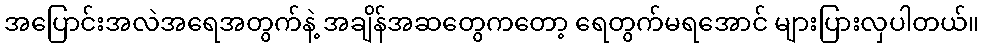
အပြောင်းအလဲအရေအတွက်နဲ့ အချိန်အဆတွေကတော့ ရေတွက်မရအောင် များပြားလှပါတယ်။